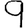
Digit: 9